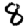
Digit: 8